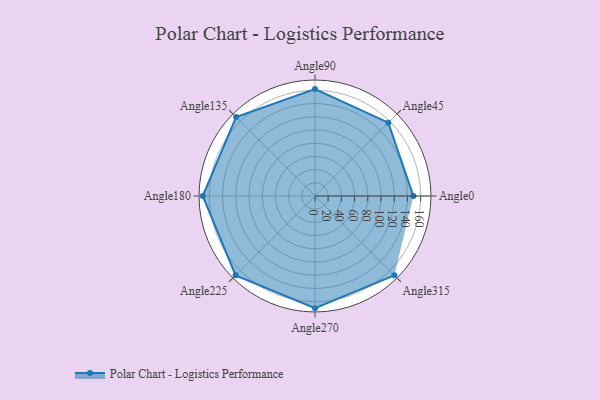
{"axis": {"x": "Angle", "y": "Radius"}, "legend": [""], "data": [{"x": "Angle0", "y": 149.0, "type": ""}, {"x": "Angle45", "y": 157.0, "type": ""}, {"x": "Angle90", "y": 162.0, "type": ""}, {"x": "Angle135", "y": 169.0, "type": ""}, {"x": "Angle180", "y": 170.0, "type": ""}, {"x": "Angle225", "y": 170, "type": ""}, {"x": "Angle270", "y": 170, "type": ""}, {"x": "Angle315", "y": 170, "type": ""}]}